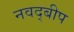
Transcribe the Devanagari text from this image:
नवद्बीप